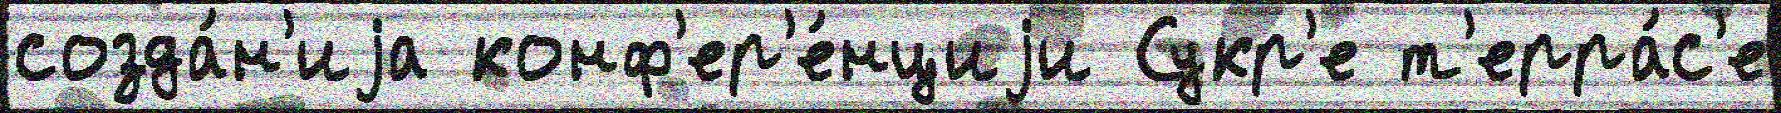
созда́н'иjа конф'ер'е́нциjи Сукр'е т'ерра́с'е